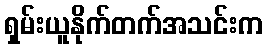
ရှမ်းယူနိုက်တက်အသင်းက